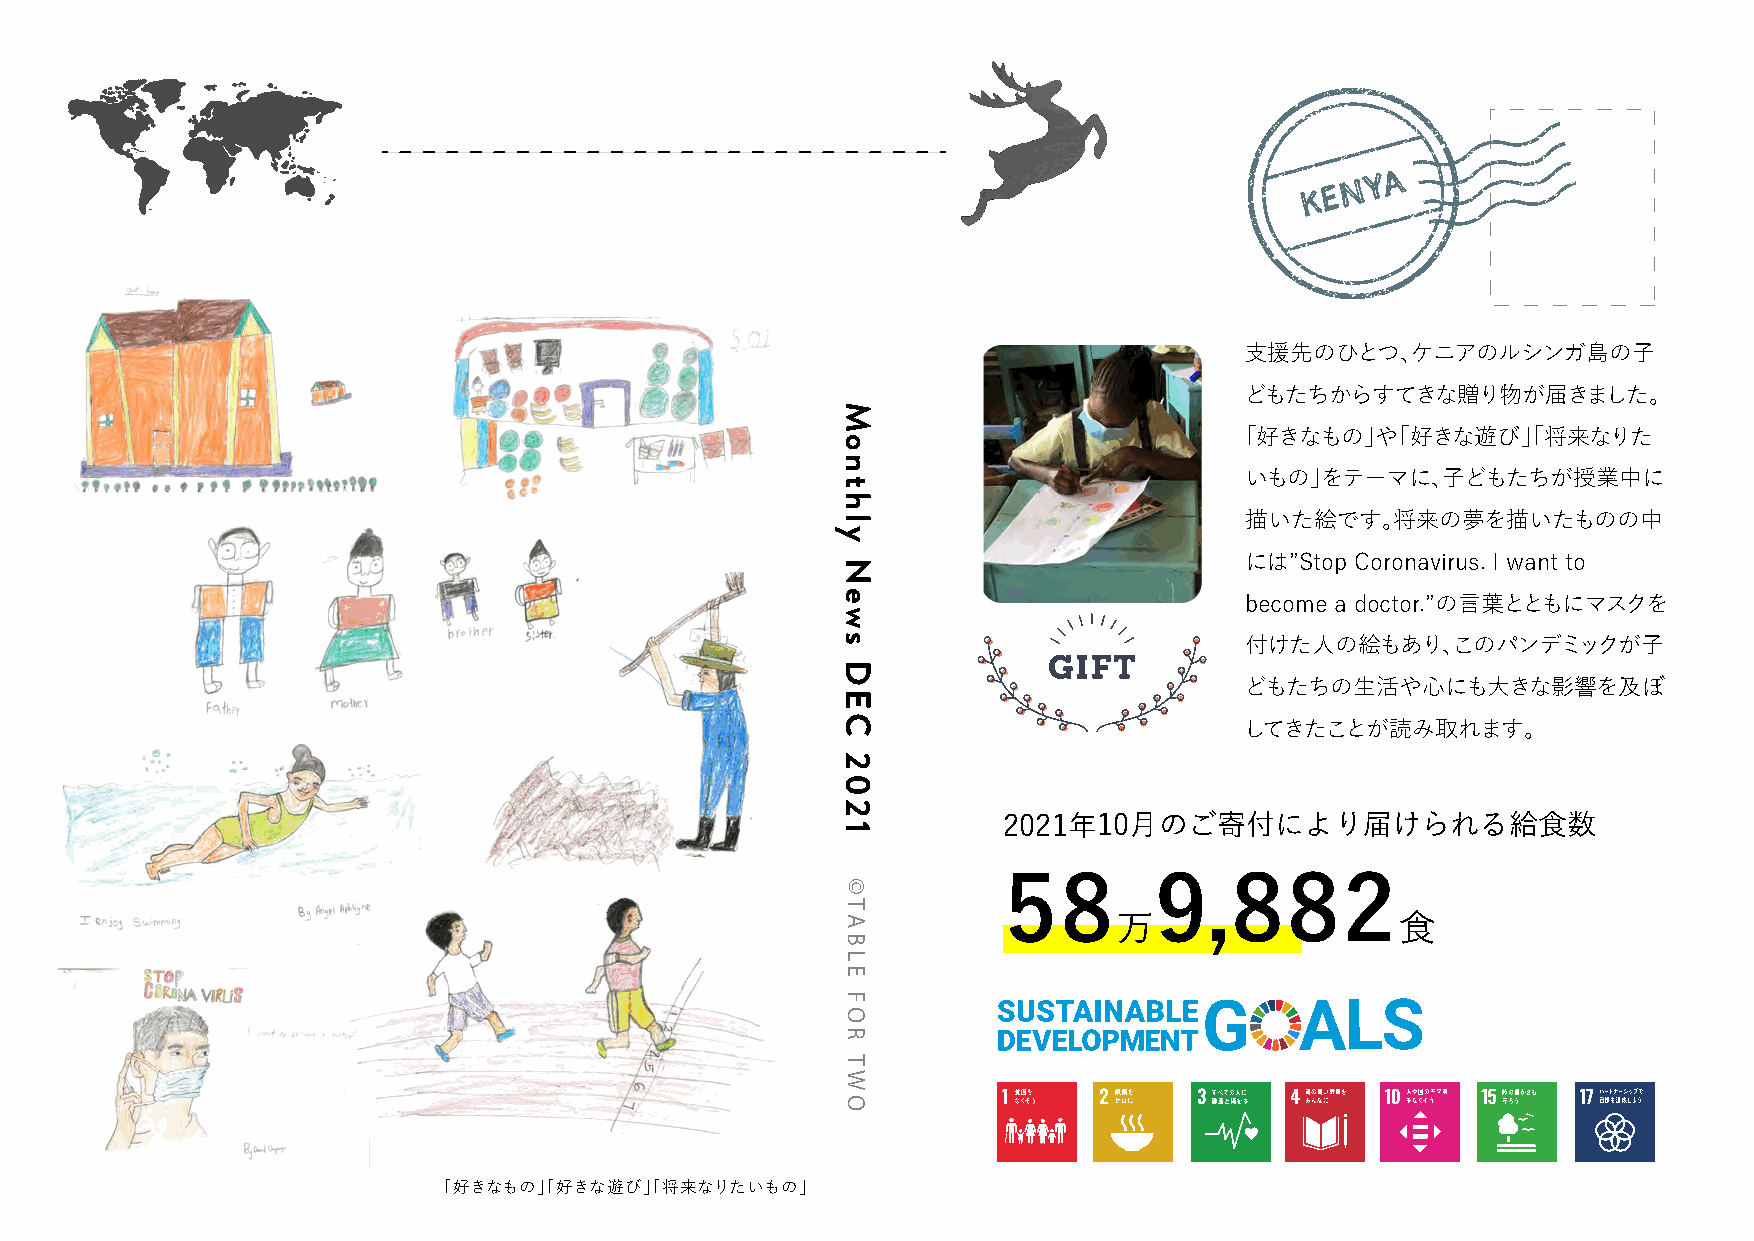
K E N Y A
 支援先のひとつ、ケニアのルシンガ島の子
 どもたちからすてきな贈り物が届きました。
 「好きなもの」や「好きな遊び」「将来なりた
 いもの」をテーマに、子どもたちが授業中に
 描いた絵です。将来の夢を描いたものの中
 には”Stop Coronavirus. I want to
 become a doctor.”の言葉とともにマスクを
 付けた人の絵もあり、このパンデミックが子
 どもたちの生活や心にも大きな影響を及ぼ
 してきたことが読み取れます。
 2021年10月のご寄付により届けられる給食数
 58        9,882
 万                  食
 「好きなもの」「好きな遊び」「将来なりたいもの」
 Monthly
 News
 DEC
 2021
 ©TABLE
 FOR
 TWO